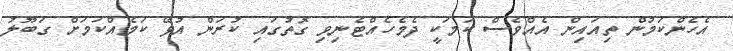
އެހެންކަމުން ތިއައިން އެއްވެސް ކަމަކީ ދެމެހެއްޓެނިވި ގޮތުގައި ކުރަން އުޅޭ ކަމެއްކަމަށް ގަބޫލު